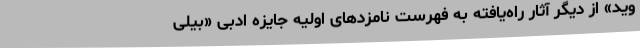
وید» از دیگر آثار راه‌یافته به فهرست نامزدهای اولیه جایزه ادبی «بیلی